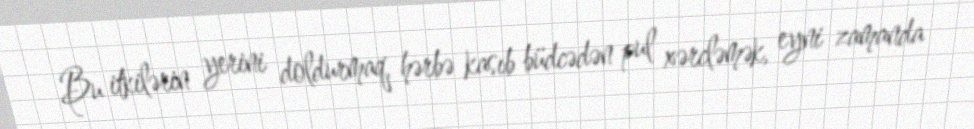
Bu itkilərin yerini doldurmaq, hərbə kasıb büdcədən pul xərcləmək, eyni zamanda